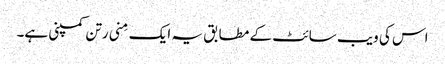
اس کی ویب سائٹ کے مطابق یہ ایک مِنی رتن کمپنی ہے۔